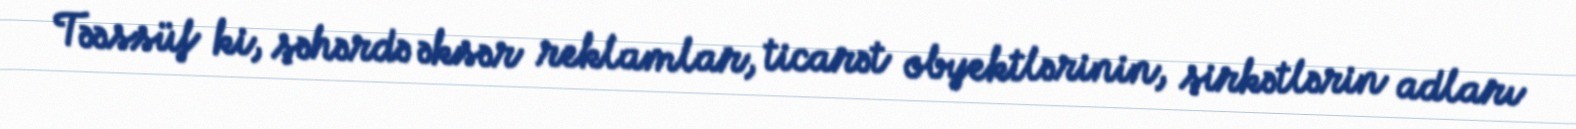
Təəssüf ki, şəhərdə əksər reklamlar, ticarət obyektlərinin, şirkətlərin adları